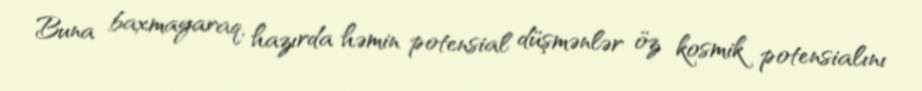
Buna baxmayaraq, hazırda həmin potensial düşmənlər öz kosmik potensialını